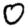
Digit: 0